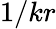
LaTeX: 1/kr